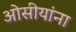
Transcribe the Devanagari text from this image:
ओसीयांना